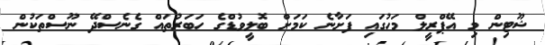
ޝޫޓިން މި އޭޕްރީލް މަހުގައި ފަށާނެ ކަމަށް ބޮލީވުޑްގެ ހަބަރުތައް ގެނެސްދޭ ނޫސްތަކުން